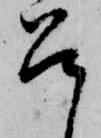
召